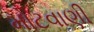
મોટવાણી